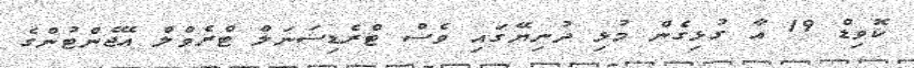
ކޮވިޑް 19 އާ ގުޅިގެން މުޅި ދުނިޔޭގައި ވެސް ޓްރެޑިޝަނަލް ޓްރެވްލް އޭޖެންޓުންގެ